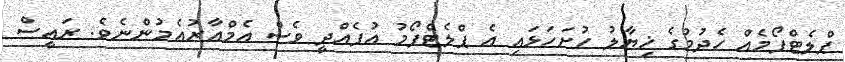
ޕްލެޓްފޯމެއް ހެދުމުގެ ޚިޔާލު ހުށަހަޅައި އެ ޕްލެޓްފޯމު އުފެއްދީ ވެސް އެމްއާރުއެމުންނެވެ. ރައީސް